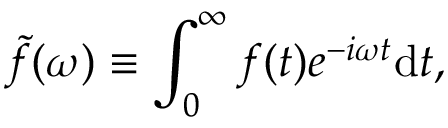
\tilde { f } ( \omega ) \equiv \int _ { 0 } ^ { \infty } f ( t ) e ^ { - i \omega t } \mathrm { d } t ,